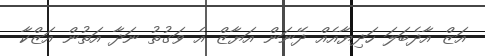
އަޒް އާދެބަލަ ހަދިޔާއެއް ދޭނަން އަޔާޒް އެ ވަގުތު ނަދާ އަތުން އަޒްކާ